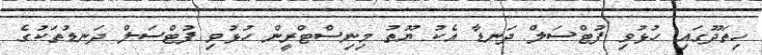
ހިތަދޫގައި ހުޅުވި ފުޓްސަލް ދަނޑާ އެކު ޔޫތު މިނިސްޓްރީން ހުޅުވި ފުޓްސަލް ދަނޑުތަކުގެ